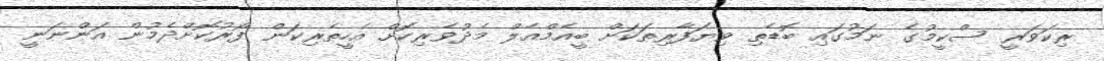
ރިކަވަރީ ސްކީމުގެ ނަމުގައި ބޮޑެތި ވިޔަފާރިތަކަށް ބީއެމްއެލް މެދުވެރިކޮށް އެހީތެރިކަން ފޯރުކޮށްދެމުން އަންނަނީ